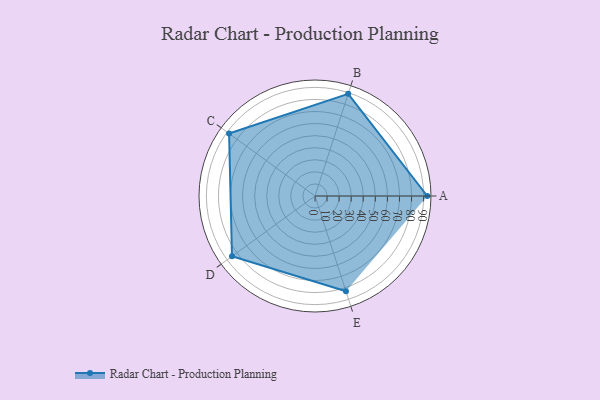
{"axis": {"x": "Skill", "y": "Score"}, "legend": ["Profile"], "data": [{"x": "A", "y": 93.0, "type": "Profile"}, {"x": "B", "y": 89.0, "type": "Profile"}, {"x": "C", "y": 88.0, "type": "Profile"}, {"x": "D", "y": 85.0, "type": "Profile"}, {"x": "E", "y": 83.0, "type": "Profile"}]}